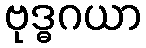
ဗုဒ္ဓဂယာ